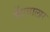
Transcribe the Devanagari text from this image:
मेंएवालार